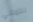
للتمشي